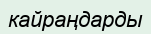
кайраңдарды